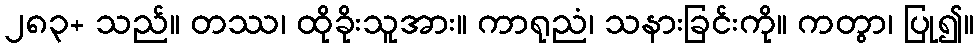
၂၈၃+ သည်။ တဿ၊ ထိုခိုးသူအား။ ကာရုညံ၊ သနားခြင်းကို။ ကတွာ၊ ပြု၍။